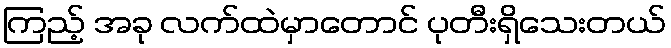
ကြည့် အခု လက်ထဲမှာတောင် ပုတီးရှိသေးတယ်